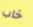
خاب